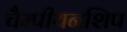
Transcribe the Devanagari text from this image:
चैम्पीयनशिप